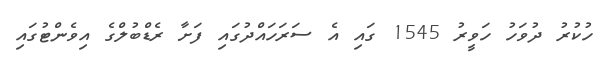
ހުކުރު ދުވަހު ހަވީރު 1545 ގައި އެ ސަރަހައްދުގައި ފަށާ ރެޑްބުލްގެ އިވެންޓުގައި